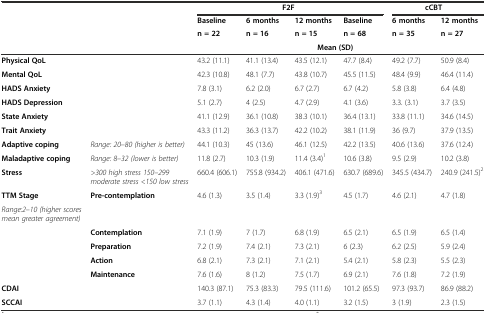
<table><thead><tr><td colspan="2"></td><td colspan="4"><b>F2F</b></td><td colspan="2"><b>cCBT</b></td></tr><tr><td rowspan="2" colspan="2"></td><td><b>Baseline</b></td><td><b>6 months</b></td><td><b>12 months</b></td><td><b>Baseline</b></td><td><b>6 months</b></td><td><b>12 months</b></td></tr><tr><td><b>n = 22</b></td><td><b>n = 16</b></td><td><b>n = 15</b></td><td><b>n = 68</b></td><td><b>n = 35</b></td><td><b>n = 27</b></td></tr><tr><td colspan="2"></td><td colspan="6"><b>Mean (SD)</b></td></tr></thead><tbody><tr><td><b>Physical QoL</b></td><td></td><td>43.2 (11.1)</td><td>41.1 (13.4)</td><td>43.5 (12.1)</td><td>47.7 (8.4)</td><td>49.2 (7.7)</td><td>50.9 (8.4)</td></tr><tr><td><b>Mental QoL</b></td><td></td><td>42.3 (10.8)</td><td>48.1 (7.7)</td><td>43.8 (10.7)</td><td>45.5 (11.5)</td><td>48.4 (9.9)</td><td>46.4 (11.4)</td></tr><tr><td><b>HADS Anxiety</b></td><td></td><td>7.8 (3.1)</td><td>6.2 (2.0)</td><td>6.7 (2.7)</td><td>6.7 (4.2)</td><td>5.8 (3.8)</td><td>6.4 (4.8)</td></tr><tr><td><b>HADS Depression</b></td><td></td><td>5.1 (2.7)</td><td>4 (2.5)</td><td>4.7 (2.9)</td><td>4.1 (3.6)</td><td>3.3. (3.1)</td><td>3.7 (3.5)</td></tr><tr><td><b>State Anxiety</b></td><td></td><td>41.1 (12.9)</td><td>36.1 (10.8)</td><td>38.3 (10.1)</td><td>36.4 (13.1)</td><td>33.8 (11.1)</td><td>34.6 (14.5)</td></tr><tr><td><b>Trait Anxiety</b></td><td></td><td>43.3 (11.2)</td><td>36.3 (13.7)</td><td>42.2 (10.2)</td><td>38.1 (11.9)</td><td>36 (9.7)</td><td>37.9 (13.5)</td></tr><tr><td><b>Adaptive coping</b></td><td><i>Range: 20–80 (higher is better)</i></td><td>44.1 (10.3)</td><td>45 (13.6)</td><td>46.1 (12.5)</td><td>42.2 (13.5)</td><td>40.6 (13.6)</td><td>37.6 (12.4)</td></tr><tr><td><b>Maladaptive coping</b></td><td><i>Range: 8–32 (lower is better)</i></td><td>11.8 (2.7)</td><td>10.3 (1.9)</td><td>11.4 (3.4)<sup>1</sup></td><td>10.6 (3.8)</td><td>9.5 (2.9)</td><td>10.2 (3.8)</td></tr><tr><td><b>Stress</b></td><td><i>&gt;300 high stress 150–299 moderate stress &lt;150 low stress</i></td><td>660.4 (606.1)</td><td>755.8 (934.2)</td><td>406.1 (471.6)</td><td>630.7 (689.6)</td><td>345.5 (434.7)</td><td>240.9 (241.5)<sup>2</sup></td></tr><tr><td><b>TTM Stage</b></td><td rowspan="2"><b>Pre-contemplation</b></td><td rowspan="2">4.6 (1.3)</td><td rowspan="2">3.5 (1.4)</td><td rowspan="2">3.3 (1.9)<sup>3</sup></td><td rowspan="2">4.5 (1.7)</td><td rowspan="2">4.6 (2.1)</td><td rowspan="2">4.7 (1.8)</td></tr><tr><td><i>Range:2–10 (higher scores mean greater agreement)</i></td></tr><tr><td></td><td><b>Contemplation</b></td><td>7.1 (1.9)</td><td>7 (1.7)</td><td>6.8 (1.9)</td><td>6.5 (2.1)</td><td>6.5 (1.9)</td><td>6.5 (1.4)</td></tr><tr><td></td><td><b>Preparation</b></td><td>7.2 (1.9)</td><td>7.4 (2.1)</td><td>7.3 (2.1)</td><td>6 (2.3)</td><td>6.2 (2.5)</td><td>5.9 (2.4)</td></tr><tr><td></td><td><b>Action</b></td><td>6.8 (2.1)</td><td>7.3 (2.1)</td><td>7.1 (2.1)</td><td>5.4 (2.1)</td><td>5.8 (2.3)</td><td>5.5 (2.3)</td></tr><tr><td></td><td><b>Maintenance</b></td><td>7.6 (1.6)</td><td>8 (1.2)</td><td>7.5 (1.7)</td><td>6.9 (2.1)</td><td>7.6 (1.8)</td><td>7.2 (1.9)</td></tr><tr><td><b>CDAI</b></td><td></td><td>140.3 (87.1)</td><td>75.3 (83.3)</td><td>79.5 (111.6)</td><td>101.2 (65.5)</td><td>97.3 (93.7)</td><td>86.9 (88.2)</td></tr><tr><td><b>SCCAI</b></td><td></td><td>3.7 (1.1)</td><td>4.3 (1.4)</td><td>4.0 (1.1)</td><td>3.2 (1.5)</td><td>3 (1.9)</td><td>2.3 (1.5)</td></tr></tbody></table>